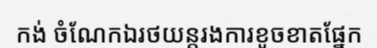
កង់ ចំណែកឯរថយន្តរងការខូចខាតផ្នែក